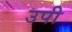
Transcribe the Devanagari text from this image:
उपी